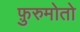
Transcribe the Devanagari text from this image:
फ़ुरुमोतो